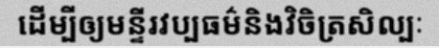
ដើម្បីឲ្យមន្ទីរវប្បធម៌និងវិចិត្រសិល្បៈ